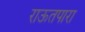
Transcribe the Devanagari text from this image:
राऊतपारा